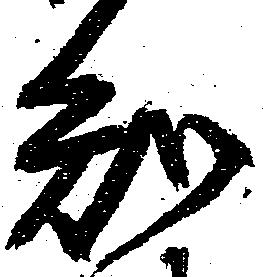
知